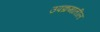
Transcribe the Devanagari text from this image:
उपक्रमातील